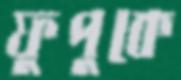
ফুপুকে